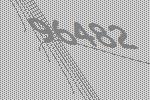
96482